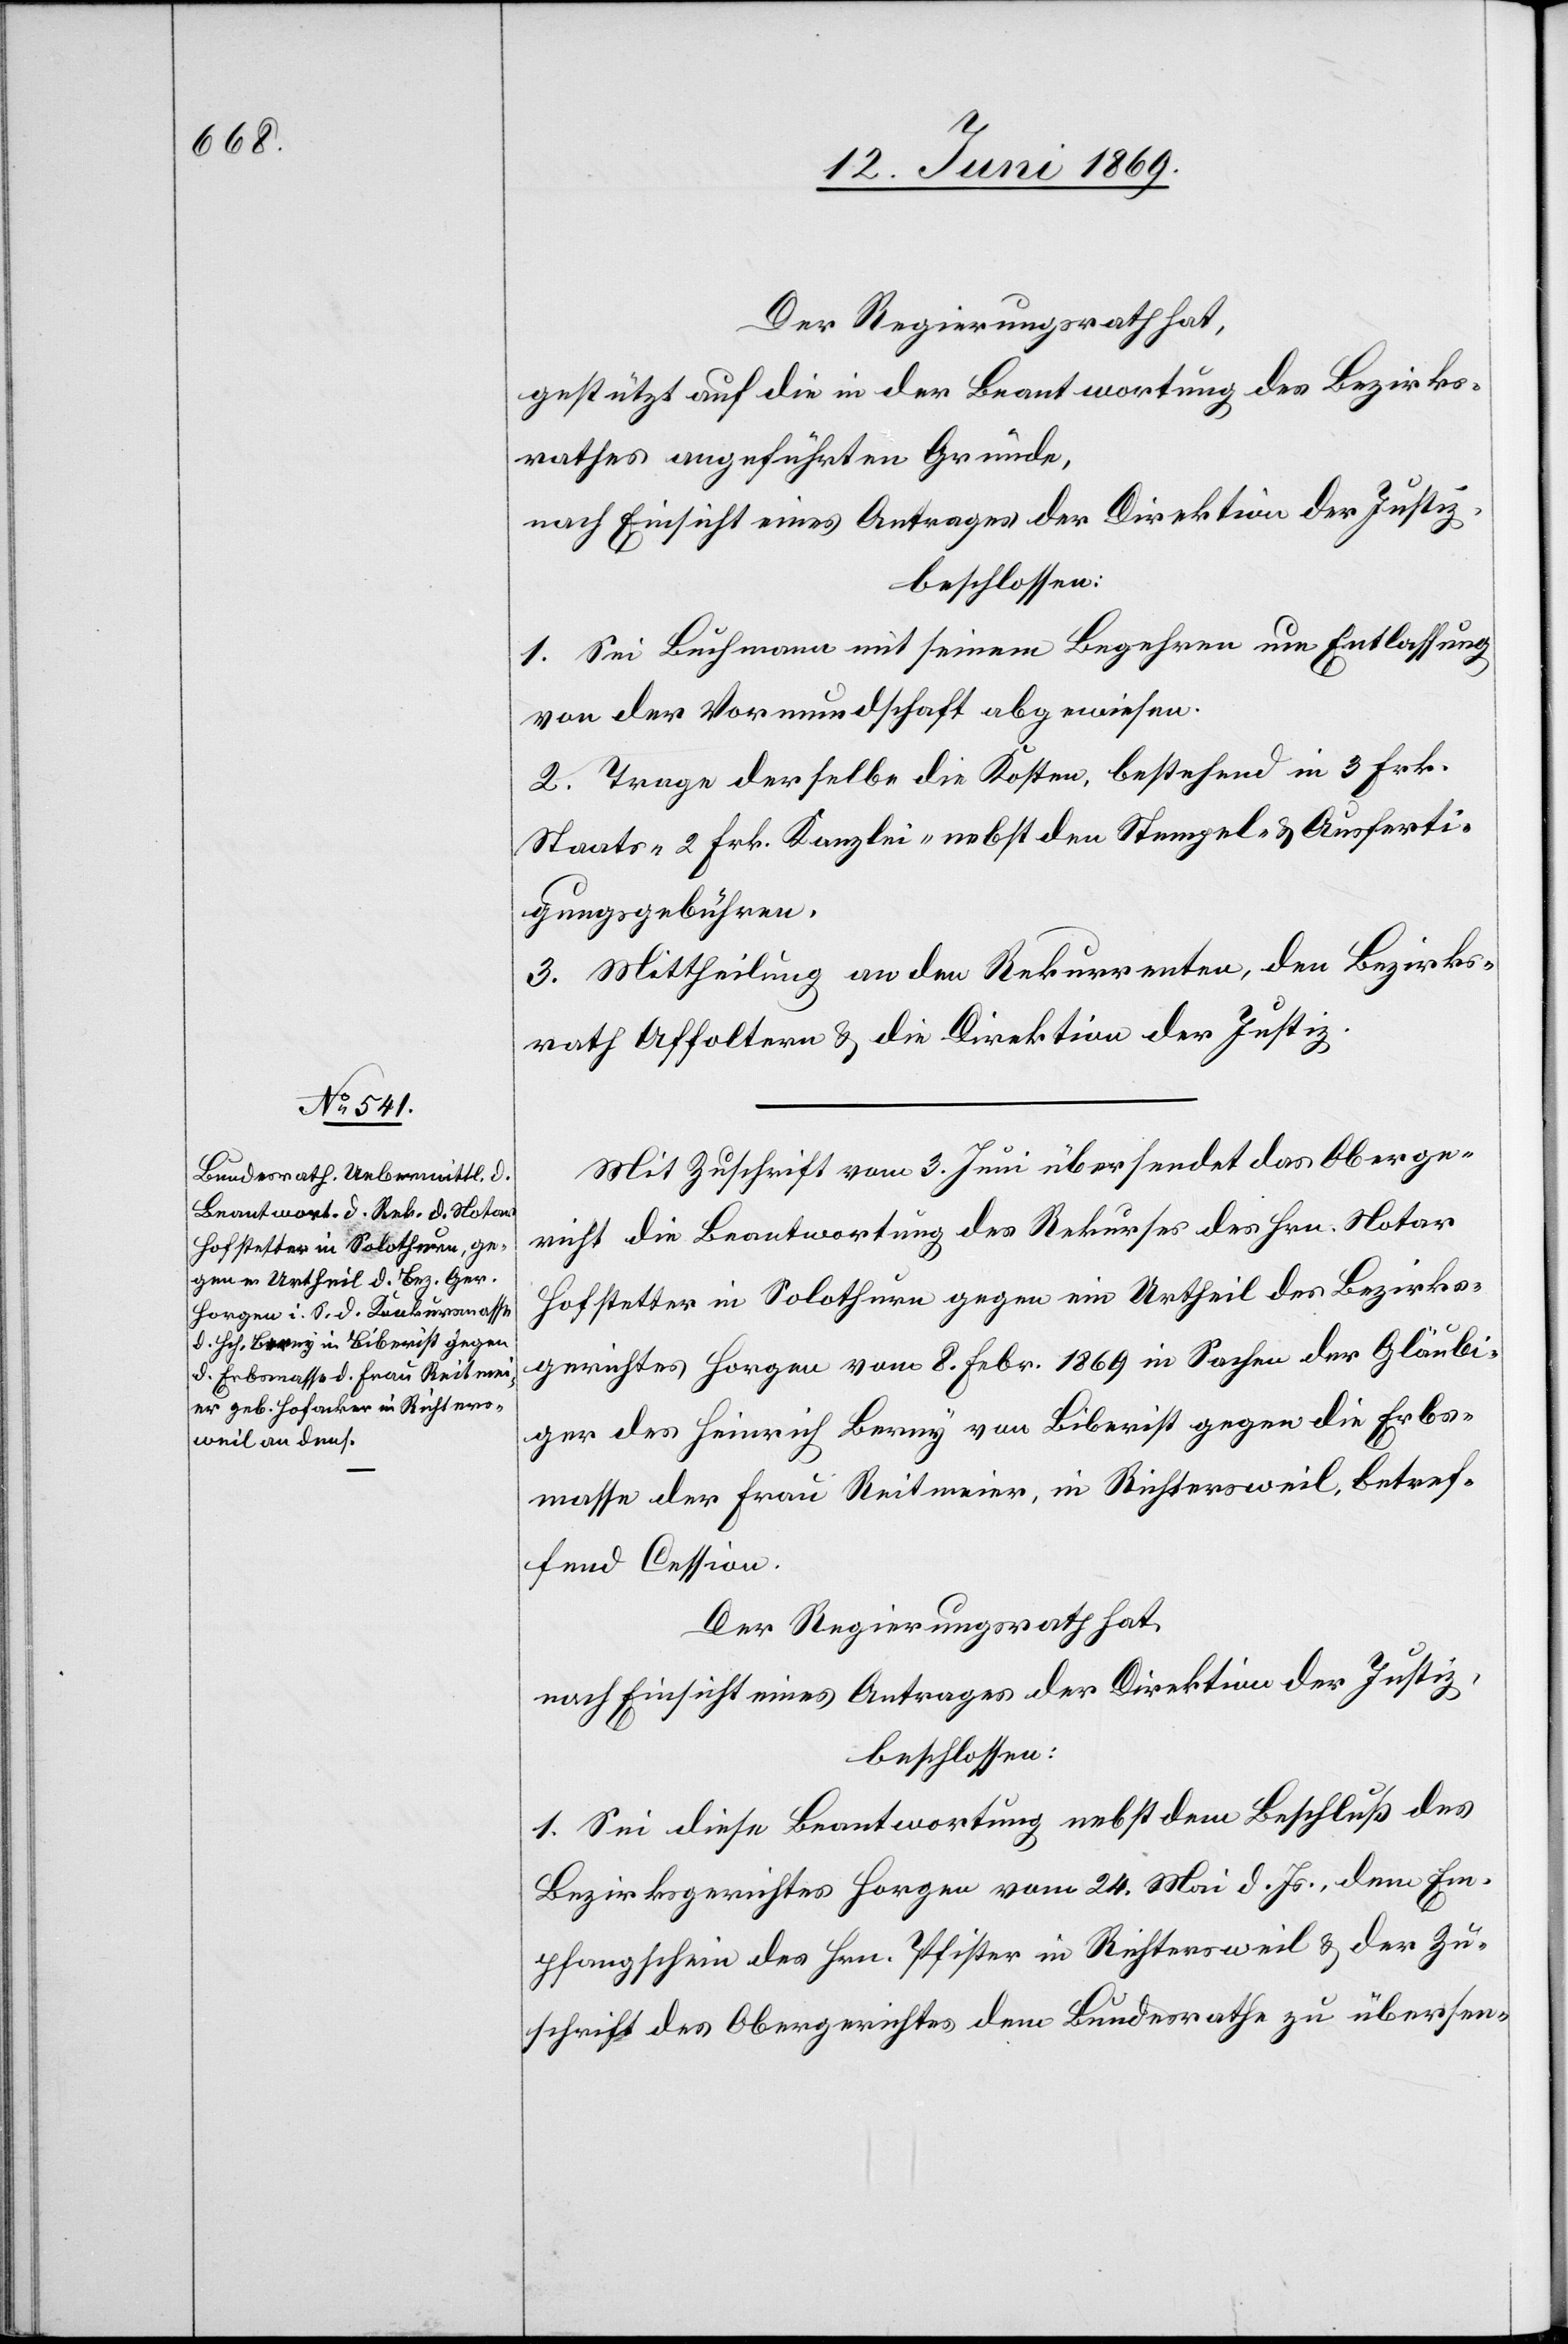
Der Regierungsrath hat,
gestützt auf die in der Beantwortung des Bezirks¬
rathes angeführten Gründe,
nach Einsicht eines Antrages der Direktion der Justiz,
beschlossen:
1. Sei Buchmann mit seinem Begehren um Entlassung
von der Vormundschaft abgewiesen.
2. Trage derselbe die Kosten, bestehend in 3 Frk.
Staats- 2 Frk. Kanzlei- nebst den Stempel- u. Ausferti¬
gungsgebühren.
3. Mittheilung an den Rekurrenten, den Bezirks¬
rath Affoltern u. die Direktion der Justiz.
Mit Zuschrift vom 3 Juni übersendet das Oberge¬
richt die Beantwortung des Rekurses des Hrn. Notar
Hofstetter in Solothurn gegen ein Urtheil des Bezirks¬
gerichtes Horgen vom 8 Febr. 1869 in Sachen der Gläubi¬
ger des Heinrich Berey von Biberist gegen die Erbs¬
masse der Frau Reitmeier, in Richtersweil, betref¬
fend Cession.
Der Regierungsrath hat,
nach Einsicht eines Antrages der Direktion der Justiz,
beschlossen:
1. Sei diese Beantwortung nebst dem Beschluß des
Bezirksgerichtes Horgen vom 24 Mai d. Js., dem Em¬
pfangsschein des Hrn. Pfister in Richtersweil u. der Zu¬
schrift des Obergerichtes dem Bundesrathe zu übersen-